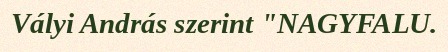
Vályi András szerint "NAGYFALU.